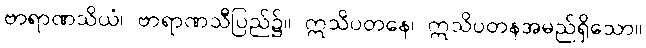
ဗာရာဏသိယံ၊ ဗာရာဏသီပြည်၌။ ဣသိပတနေ၊ ဣသိပတနအမည်ရှိသော။